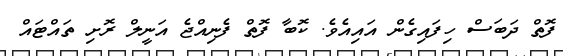
ފޮތް ދަބަސް ހިފައިގެން އައިއެވެ. ކޮބާ ފޮތް ފެނިއްޖެ އަނީލް ރޮށި ތައްޓައް